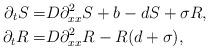
LaTeX: \begin{align*}\partial_{t}S =& D \partial_{xx}^{2}S + b - dS + \sigma R,\\\partial_{t}R =& D \partial_{xx}^{2}R - R (d+\sigma), \end{align*}